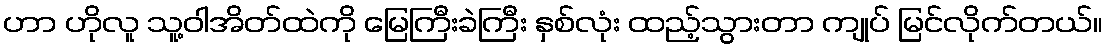
ဟာ ဟိုလူ သူ့ဝါအိတ်ထဲကို မြေကြီးခဲကြီး နှစ်လုံး ထည့်သွားတာ ကျုပ် မြင်လိုက်တယ်။